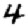
Digit: 4